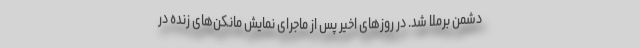
دشمن برملا شد. در روزهای اخیر پس از ماجرای نمایش مانکن‌های زنده در